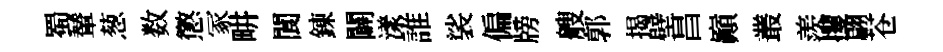
蜀輦葱数懲冢畊閬錬闢漾誰裟偏牓艘郭揭壁昌巔叢羨攫翩苍